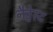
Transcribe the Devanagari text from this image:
नैट्वेस्ट